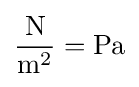
\mathrm {\frac {N}{m^{2}}} =\mathrm {Pa}